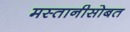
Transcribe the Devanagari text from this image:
मस्तानीसोबत